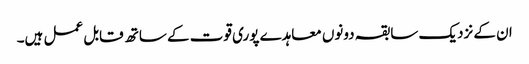
ان کے نزدیک سابقہ دونوں معاہدے پوری قوت کے ساتھ قابل عمل ہیں۔